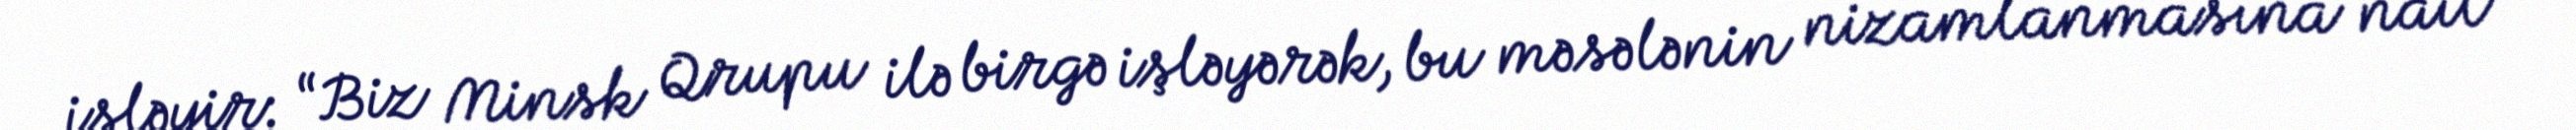
işləyir: “Biz Minsk Qrupu ilə birgə işləyərək, bu məsələnin nizamlanmasına nail